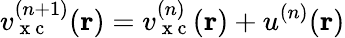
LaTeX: v_{\mathrm{~x~c~}}^{(n+1)}(\boldsymbol{\textbf{r}})=v_{\mathrm{~x~c~}}^{(n)}(\boldsymbol{\textbf{r}})+u^{(n)}(\boldsymbol{\textbf{r}})